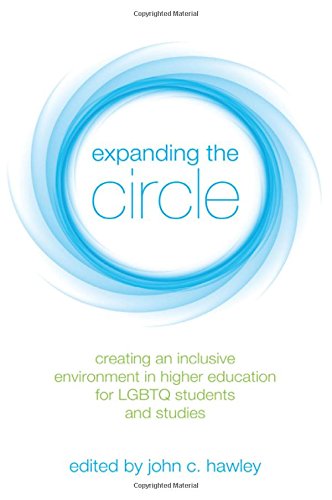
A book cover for Expanding the Circle: Creating an Inclusive Environment in Higher Education for Lgbtq Students and Studies (Suny Series in Queer Politics and Cultures); Gay & Lesbian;